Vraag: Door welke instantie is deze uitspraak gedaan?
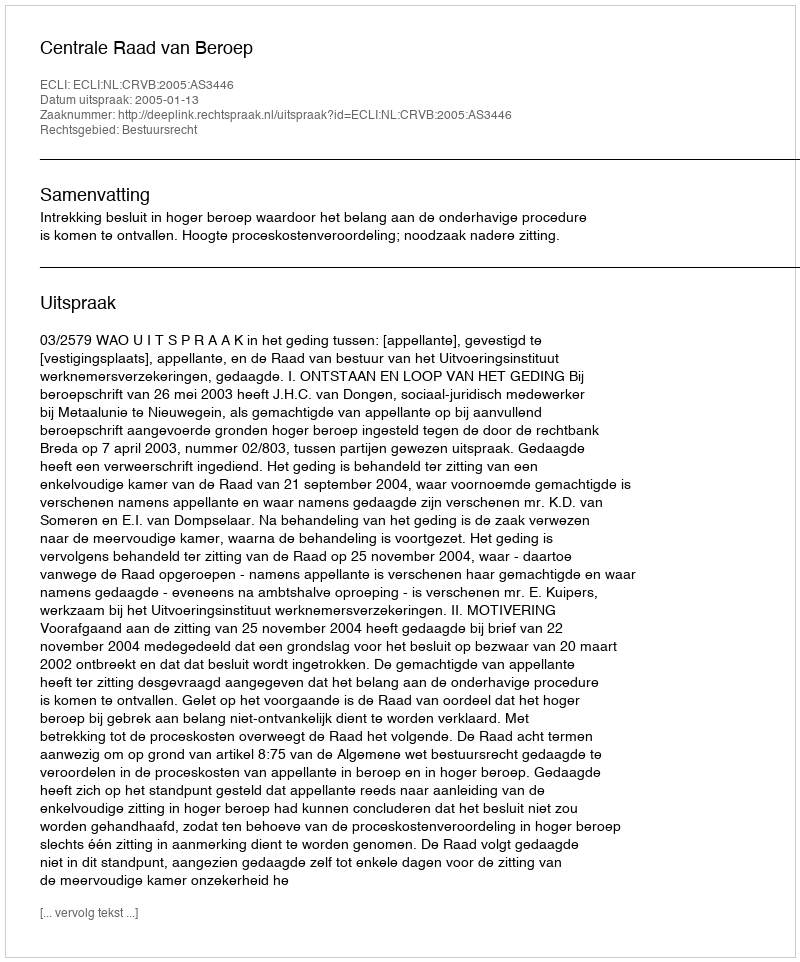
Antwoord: Centrale Raad van Beroep